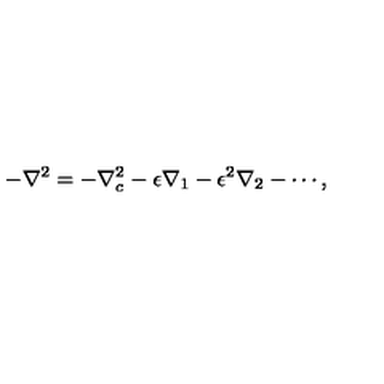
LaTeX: - \nabla ^ { 2 } = - \nabla _ { c } ^ { 2 } - \epsilon \nabla _ { 1 } - \epsilon ^ { 2 } \nabla _ { 2 } - \cdots ,